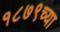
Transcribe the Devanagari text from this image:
१८७९च्या